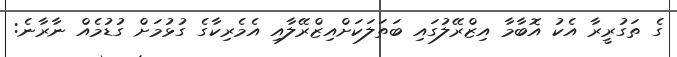
ގެ ތަގުރީރާ އެކު އޮބާމާ އިޒްރޭލުގައި ބަތަލަކަށްއިޒްރޭލާއި އެމެރިކާގެ ގުޅުމަށް ގުޑުމެއް ނާރާނެ: